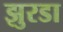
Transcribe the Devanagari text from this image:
झुरडा